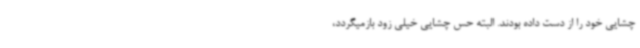
چشایی خود را از دست داده بودند. البته حس چشایی خیلی زود بازمیگردد،